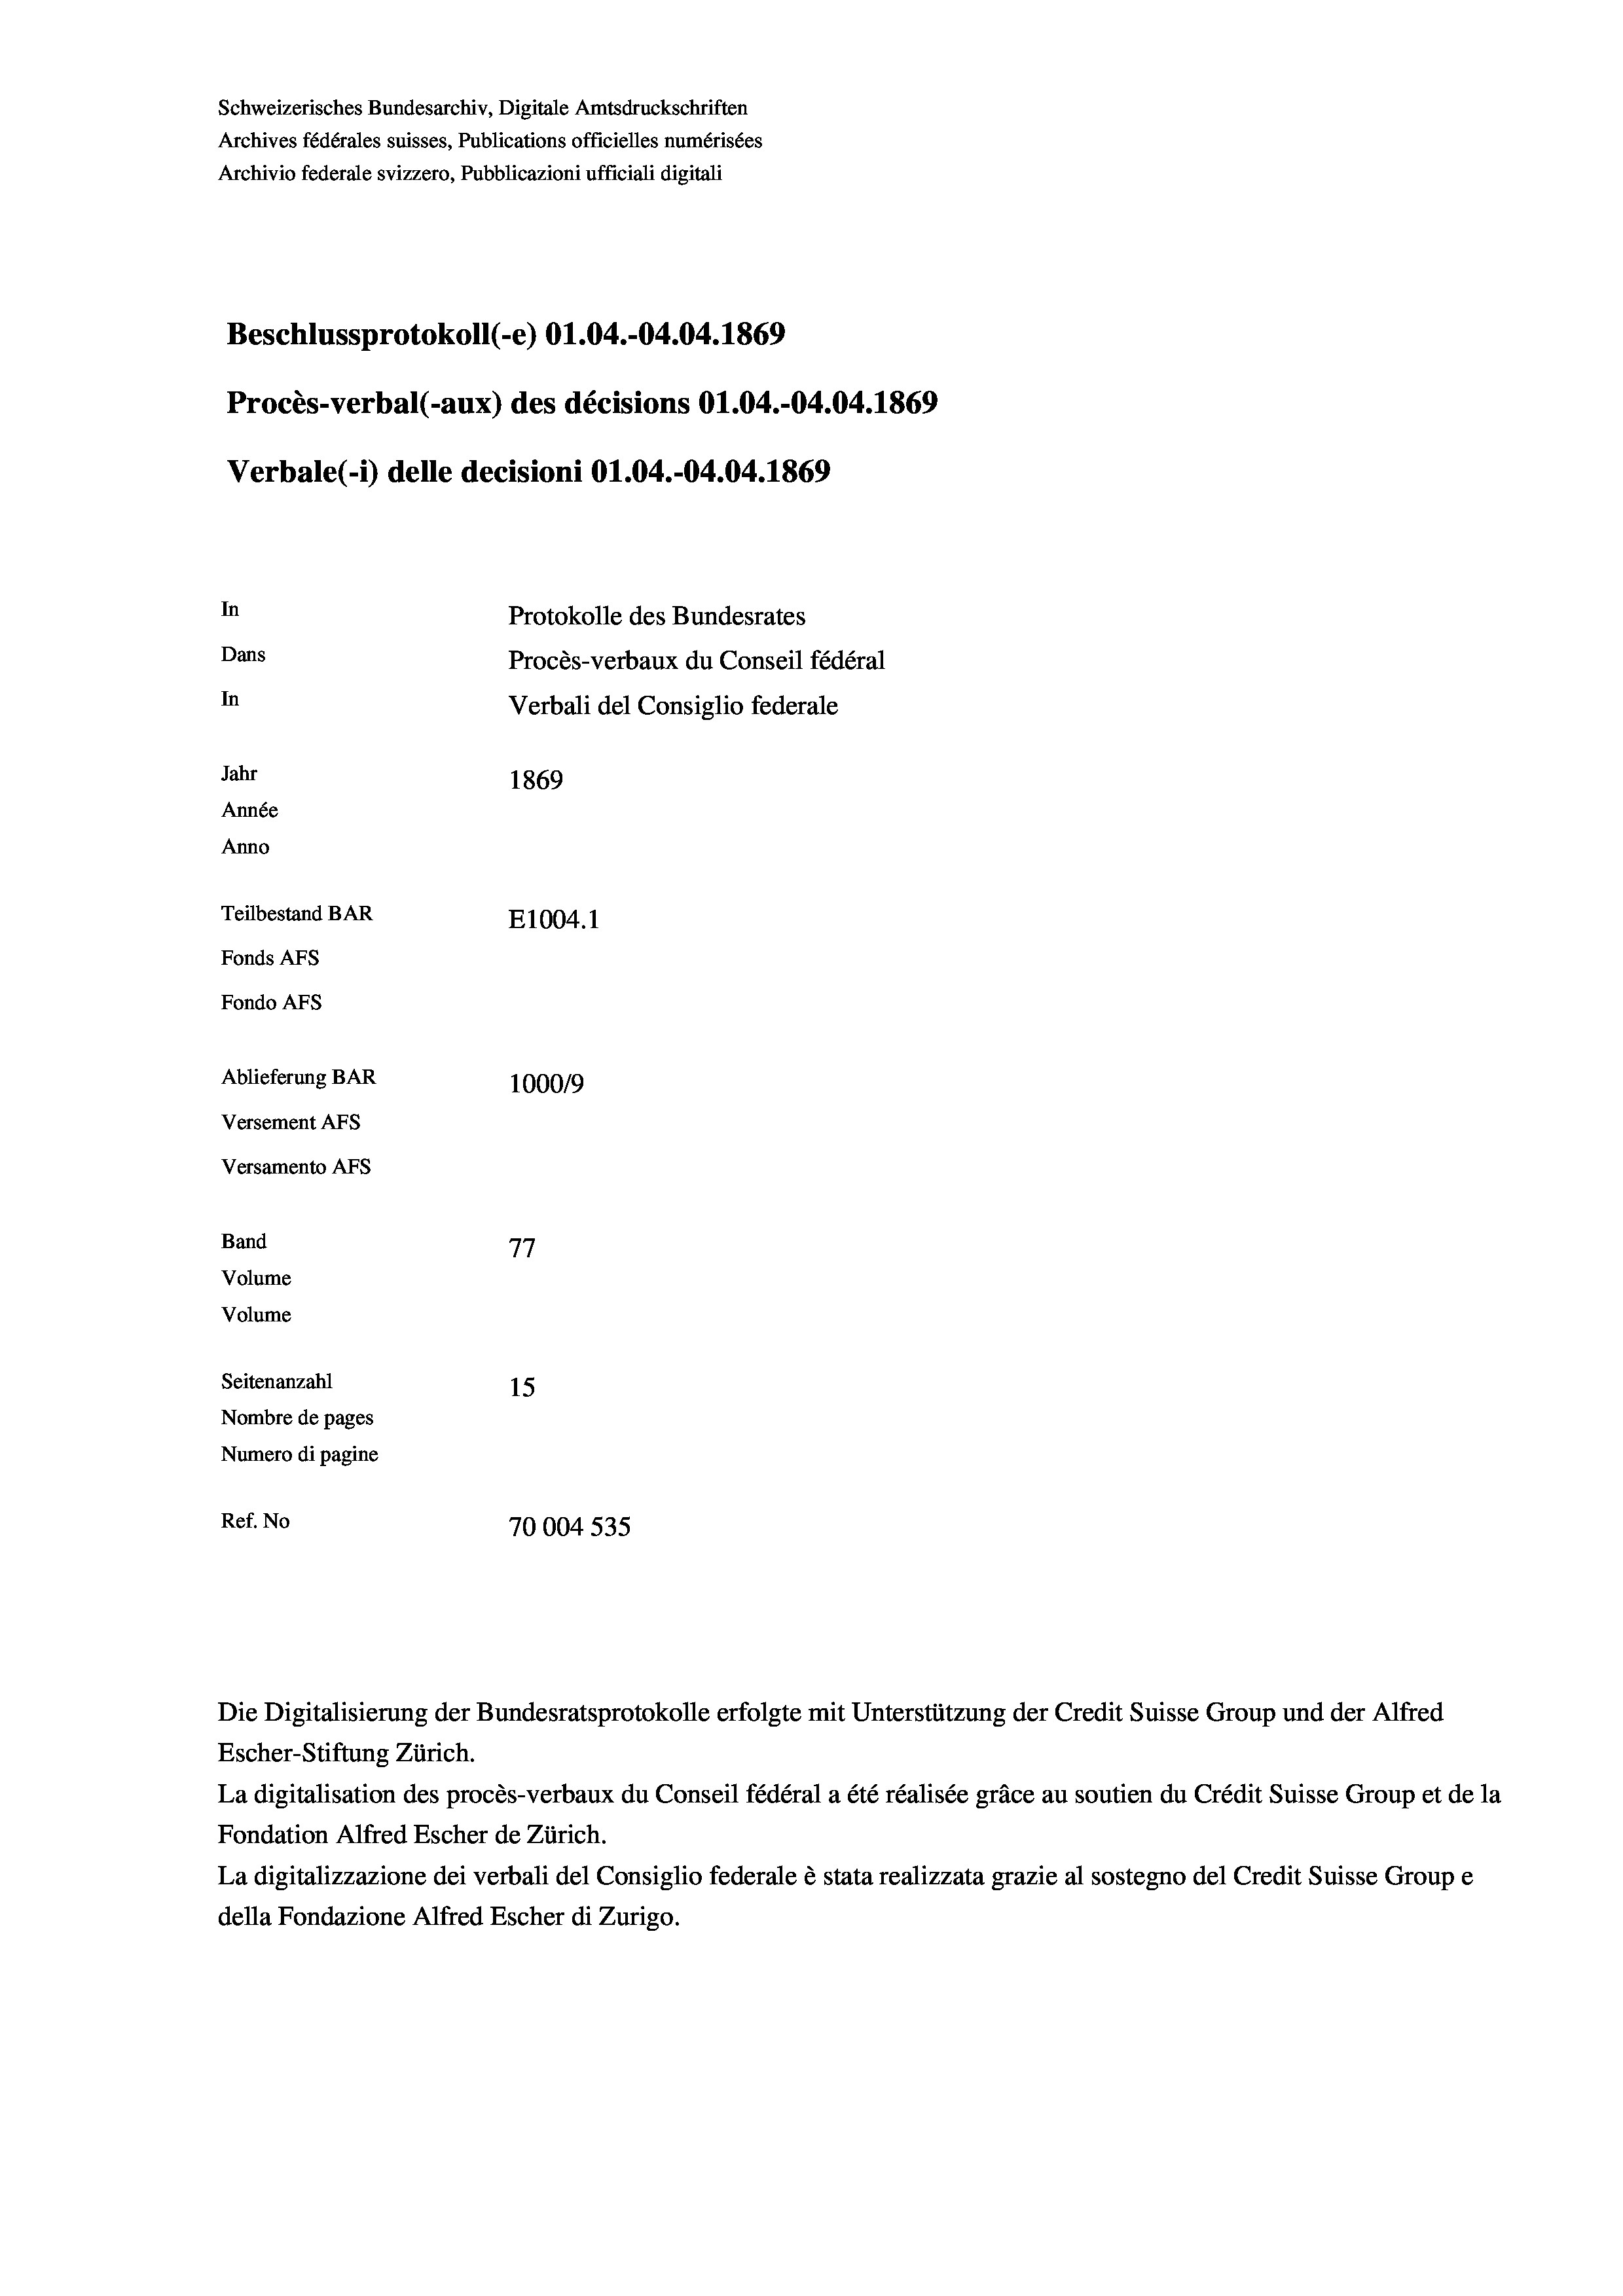
Schweizerisches Bundesarchiv, Digitale Amtsdruckschriften
Archives fédérales suisses, Publications officielles numérisées
Archivio federale svizzero, Pubblicazioni ufficiali digitali
Beschlussprotokoll (-e) 01.04.-04.04. 1869
Procès-verbal (-aux) des décisions O1.04.-04.04. 1869
Verbale (i) delle decisioni O1.04.-04.04. 1869
In
Protokolle des Bundesrates
Dans
Procès-verbaux du Conseil fédéral
In
Verbali del Consiglio federale
Jahr
1869
Année
Anno
Teilbestand BAR
E1004.1
Fonds AFs
Fondo AFS
Ablieferung BAR
100019
Versement AFs
Versamento Afs
Band
77
Volume
Volume
Seitenanzahl
15
Nombre de pages
Numero di pagine
Ref. No
70004 535

Escher-Stiftung Zürich.
La digitalisation des procès-verbaux du Conseil fédéral a été réalisée gräce au soutien du Crédit Suisse Group et de la
Fondation Alfred Escher de Zürich.
La digitalizzazione dei verbali del Consiglio federale è stata realizzata grazie al sostegno del Credit Suisse Groupe
della Fondazione Alfred Escher di Zurigo.

Die Digitalisierung der Bundesratsprotokolle erfolgte mit Unterstützung der Credit Suisse Group und der Alfred